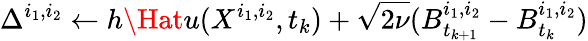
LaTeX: \Delta^{i_{1},i_{2}}\gets h\Hat{u}(X^{i_{1},i_{2}},t_{k})+\sqrt{2\nu}(B_{t_{k+1}}^{i_{1},i_{2}}-B_{t_{k}}^{i_{1},i_{2}})